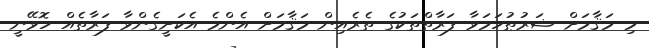
މި މަޤާމަށް ޝަރުޠުހަމަވާ ފަރާތްތަކުގެ ތެރެއިން މަޤާމަށް އެންމެ އެކަށީގެންވާ ފަރާތެއް ހޮވޭނީ